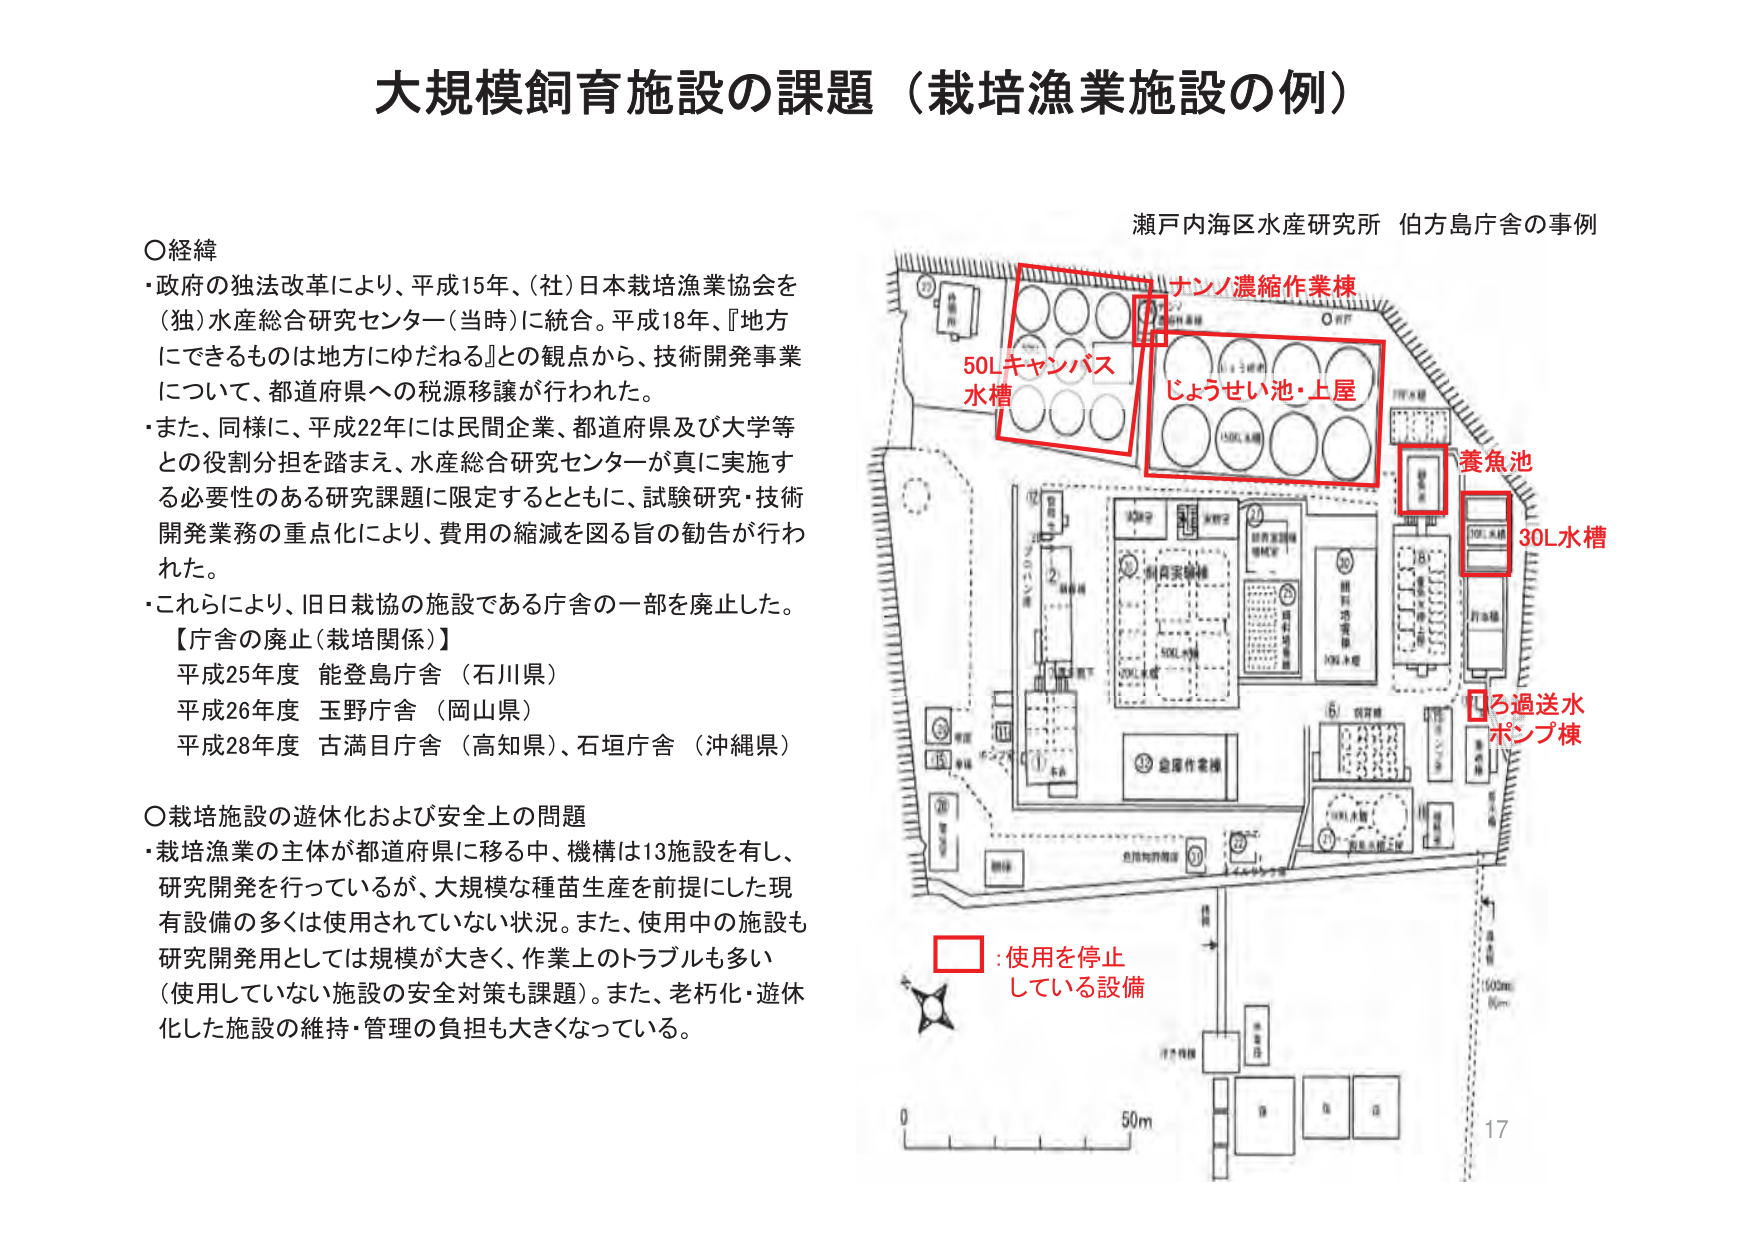
大規模飼育施設の課題（栽培漁業施設の例）

○経緯
・政府の独法改革により、平成15年、(社)日本栽培漁業協会を（独）水産総合研究センター（当時）に統合。平成18年、『地方にできるものは地方にゆだねる』との観点から、技術開発事業について、都道府県への税源移譲が行われた。
・また、同様に、平成22年には民間企業、都道府県及び大学等との役割分担を踏まえ、水産総合研究センターが真に実施する必要性のある研究課題に限定するとともに、試験研究・技術開発業務の重点化により、費用の縮減を図る旨の勧告が行われた。
・これらにより、旧日栽協の施設である庁舎の一部を廃止した。
【庁舎の廃止（栽培関係）】
平成25年度 能登島庁舎（石川県）
平成26年度 玉野庁舎（岡山県）
平成28年度 古満目庁舎（高知県）、石垣庁舎（沖縄県）

○栽培施設の遊休化および安全上の問題
・栽培漁業の主体が都道府県に移る中、機構は13施設を有し、研究開発を行っているが、大規模な種苗生産を前提にした現有設備の多くは使用されていない状況。また、使用中の施設も研究開発用としては規模が大きく、作業上のトラブルも多い（使用していない施設の安全対策も課題）。また、老朽化・遊休化した施設の維持・管理の負担も大きくなっている。

瀬戸内海区水産研究所 伯方島庁舎の事例

ナノ濃縮作業棟
50Lキャンバス水槽
じょうせい池・上屋
養魚池
30L水槽
ろ過送水ポンプ棟

□：使用を停止している設備

0 50m

17